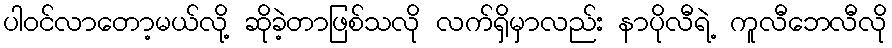
ပါဝင်လာတော့မယ်လို့ ဆိုခဲ့တာဖြစ်သလို လက်ရှိမှာလည်း နာပိုလီရဲ့ ကူလီဘေလီလို